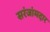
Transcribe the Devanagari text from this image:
सरंजांमदार